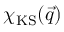
\chi _ { \mathrm { K S } } ( \vec { q } )